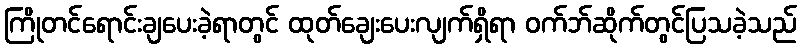
ကြိုတင်ရောင်းချပေးခဲ့ရာတွင် ထုတ်ချေးပေးလျက်ရှိရာ ဝက်ဘ်ဆိုက်တွင်ပြသခဲ့သည်